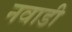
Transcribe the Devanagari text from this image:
नवाडी